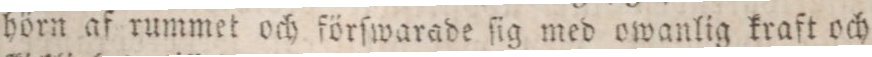
hörn af rummet och förſwarade ſig med owanlig kraft och